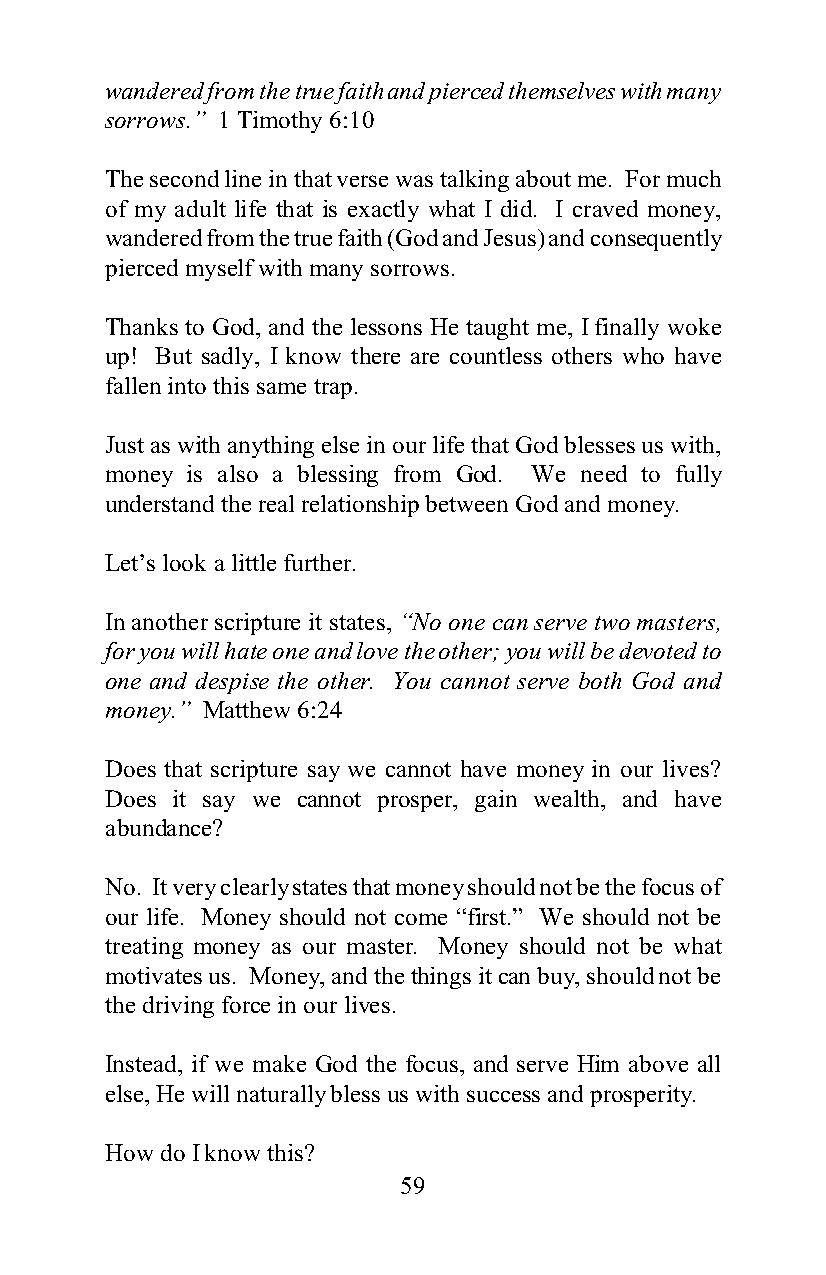
wandered from the true faith and pierced themselves with many
 sorrows.” 1 Timothy 6:10
 The second line in that verse was talking about me. For much
 of my adult life that is exactly what I did. I craved money,
 wandered from the true faith (God and Jesus) and consequently
 pierced myself with many sorrows.
 Thanks to God, and the lessons He taught me, I finally woke
 up! But sadly, I know there are countless others who have
 fallen into this same trap.
 Just as with anything else in our life that God blesses us with,
 money is also a blessing from God. We need to fully
 understand the real relationship between God and money.
 Let’s look a little further.
 In another scripture it states, “No one can serve two masters,
 for you will hate one and love the other; you will be devoted to
 one and despise the other. You cannot serve both God and
 money.” Matthew 6:24
 Does that scripture say we cannot have money in our lives?
 Does it say we cannot prosper, gain wealth, and have
 abundance?
 No. It very clearly states that money should not be the focus of
 our life. Money should not come “first.” We should not be
 treating money as our master. Money should not be what
 motivates us. Money, and the things it can buy, should not be
 the driving force in our lives.
 Instead, if we make God the focus, and serve Him above all
 else, He will naturally bless us with success and prosperity.
 How do I know this?
 59